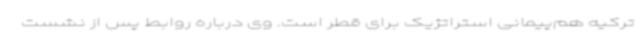
ترکیه هم‌پیمانی استراتژیک برای قطر است. وی درباره روابط پس از نشست